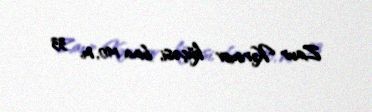
Zaur Kərimov küçəsi, bina 140, m. 33